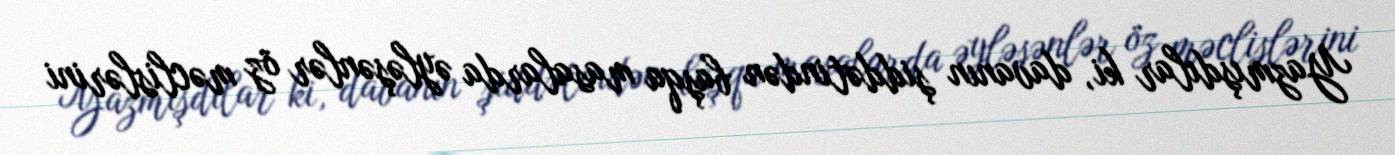
Yazmışdılar ki, davanın şiddətindən başqa masalarda əyləşənlər öz məclislərini